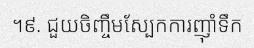
។៩. ជួយចិញ្ចឹមស្បែកការញ៉ាំទឹក